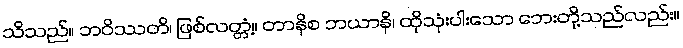
သိသည်။ ဘဝိဿတိ၊ ဖြစ်လတ္တံ့။ တာနိစ ဘယာနိ၊ ထိုသုံးပါးသော ဘေးတို့သည်လည်း။